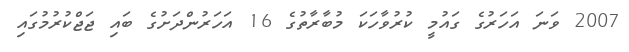
2007 ވަނަ އަހަރުގެ ގައުމީ ކުރުވާހަކަ މުބާރާތުގެ 16 އަހަރުންދަށުގެ ބައި ޖަޖްކުރުމުގައި